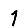
Digit: 1